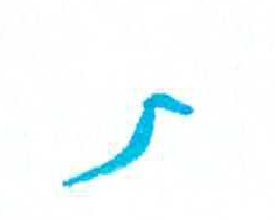
אות: ת